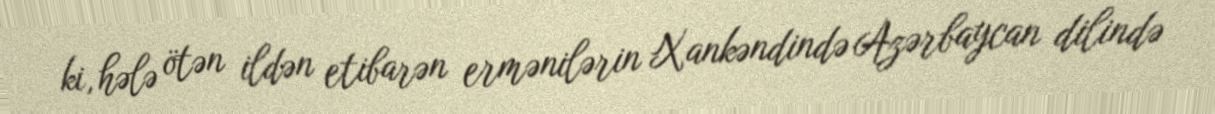
ki, hələ ötən ildən etibarən ermənilərin Xankəndində Azərbaycan dilində